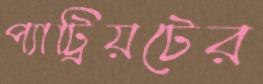
প্যাট্রিয়টের